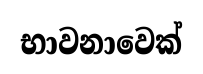
භාවනාවෙක්